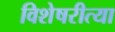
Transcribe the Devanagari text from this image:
विशेषरीत्या